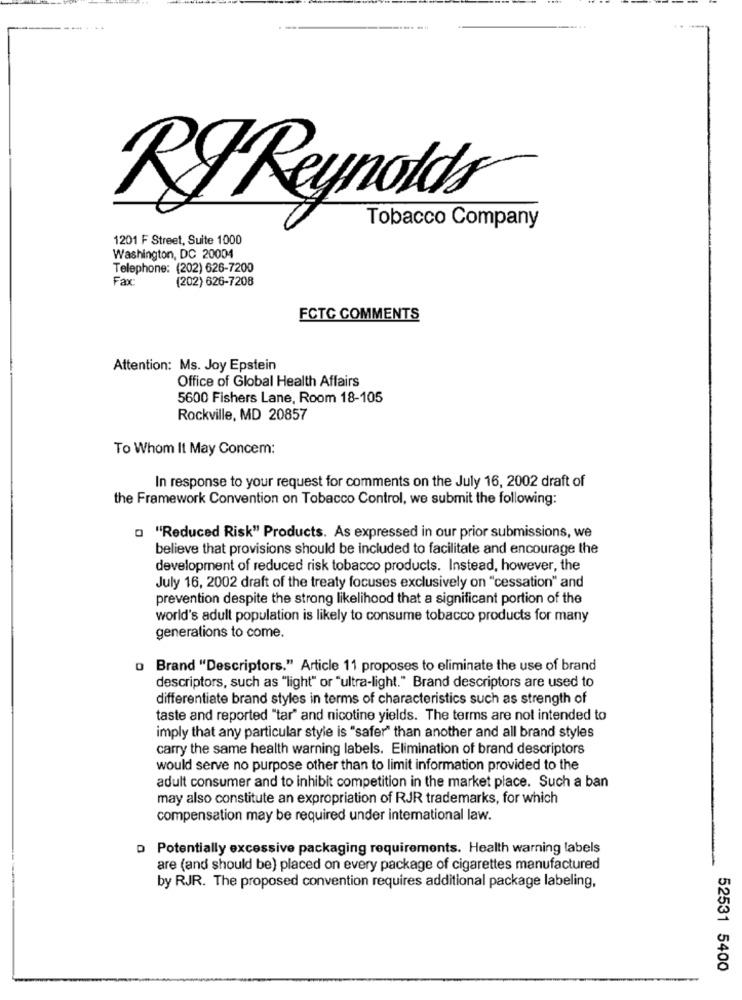
RJ Reynolds
Tobacco Company
1201 F Street, Suite 1000
Washington, DC 20004
Telephone: (202) 626-7200
Fax:
(202) 626-7208
FCTC COMMENTS
Attention: Ms. Joy Epstein
Office of Global Health Affairs
5600 Fishers Lane, Room 18-105
Rockville, MD 20857
To Whom It May Concem:
In response to your request for comments on the July 16, 2002 draft of
the Framework Convention on Tobacco Control, we submit the following:
a "Reduced Risk" Products. As expressed in our prior submissions, we
believe that provisions should be included to facilitate and encourage the
development of reduced risk tobacco products. Instead, however, the
July 16, 2002 draft of the treaty focuses exclusively on "cessation" and
prevention despite the strong likelihood that a significant portion of the
world's adult population is likely to consume tobacco products for many
generations to come.
o Brand "Descriptors." Article 11 proposes to eliminate the use of brand
descriptors, such as "light" or "ultra-light." Brand descriptors are used to
differentiate brand styles in terms of characteristics such as strength of
taste and reported "tar" and nicotine yields. The terms are not intended to
imply that any particular style is "safer" than another and all brand styles
carry the same health warning labels. Elimination of brand descriptors
would serve no purpose other than to limit information provided to the
adult consumer and to inhibit competition in the market place. Such a ban
may also constitute an expropriation of RJR trademarks, for which
compensation may be required under intemational law.
D Potentially excessive packaging requirements. Health warning labels
are (and should be) placed on every package of cigarettes manufactured
by RJR. The proposed convention requires additional package labeling,
52531 5400